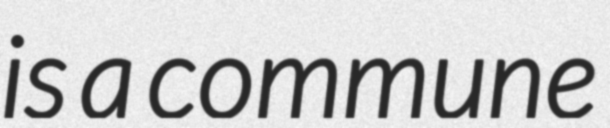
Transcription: is a commune